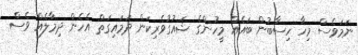
ނަމަވެސް މިހާ ހިސާބުން ބައެއް މީހުންގެ ޝައުގުވެރިކަން ދަމައިގަތް އެހެން ދިމާލެއް ވެސް